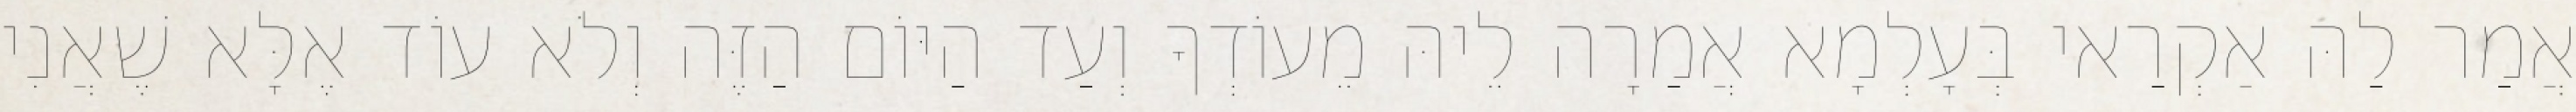
אֲמַר לַהּ אַקְרַאי בְּעָלְמָא אֲמַרָה לֵיהּ מֵעוֹדְךָ וְעַד הַיּוֹם הַזֶּה וְלֹא עוֹד אֶלָּא שֶׁאֲנִי